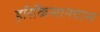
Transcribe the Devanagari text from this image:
हरिकिसानदास